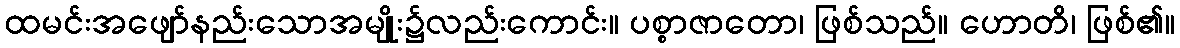
ထမင်းအဖျော်နည်းသောအမျိုး၌လည်းကောင်း။ ပစ္စာဇာတော၊ ဖြစ်သည်။ ဟောတိ၊ ဖြစ်၏။